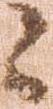
々